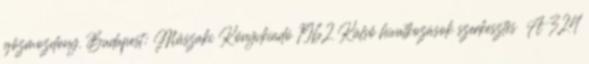
gőzmozdony. Budapest: Műszaki Könyvkiadó 1962 Külső hivatkozások szerkesztés A 324